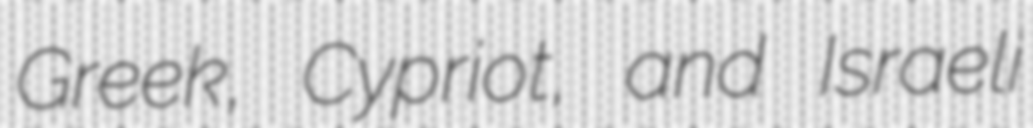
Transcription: Greek, Cypriot, and Israeli